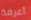
أعرفة